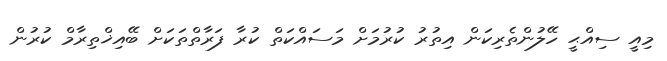
މިއީ ސިއްޙީ ހޭލުންތެރިކަން އިތުރު ކުރުމަށް މަސައްކަތް ކުރާ ފަރާތްތަކަށް ބޭއިޚްތިރާމް ކުރުން